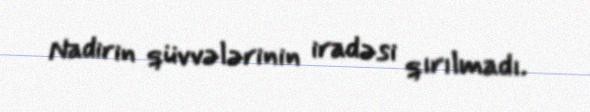
Nadirin qüvvələrinin iradəsi qırılmadı.